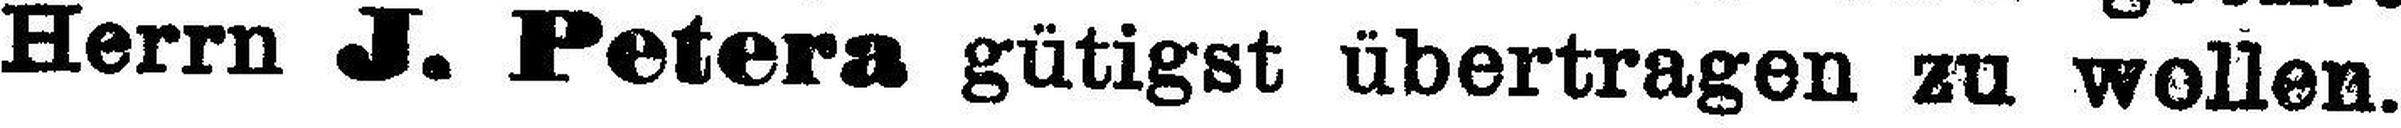
Herrn J. Petera gütigst übertragen zu wollen.